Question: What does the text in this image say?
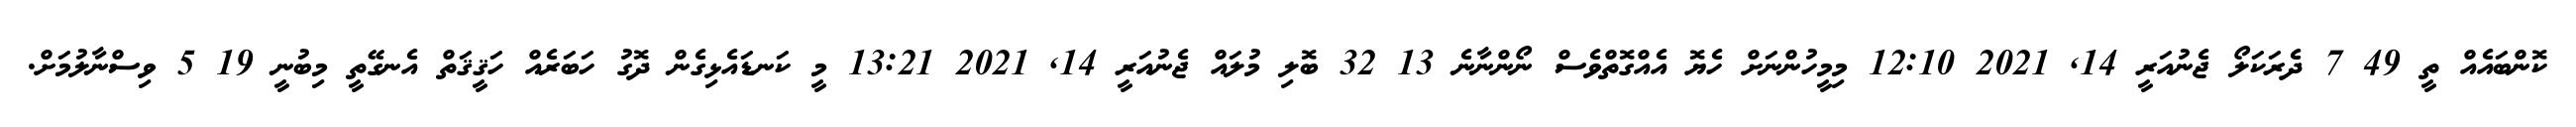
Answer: ކޮންބައެއް ތީ 49 7 ދެރަކަލޯ ޖެނުއަރީ 14, 2021 12:10 މިމީހުންނަށް ހެޔޮ އެއްގޮތްވެސް ނޯންނާނެ 13 32 ބޮލި މުލައް ޖެނުއަރީ 14, 2021 13:21 މީ ކަނޑައެޅިގެން ދޮގު ހަބަރެއް ހަޤީޤަތް އެނގޭތީ މިބުނީ 19 5 ވިސްނާލުމަށް.